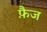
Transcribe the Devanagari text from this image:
फ़ैज